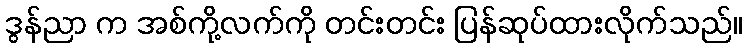
ဒွန်ညာ က အစ်ကို့လက်ကို တင်းတင်း ပြန်ဆုပ်ထားလိုက်သည်။